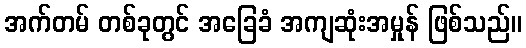
အက်တမ် တစ်ခုတွင် အခြေခံ အကျဆုံးအမှုန် ဖြစ်သည်။